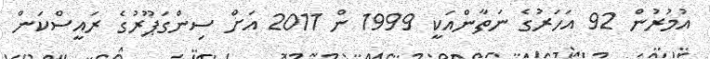
އުމުރުން 92 އަހަރުގެ ނަތާންއަކީ 1999 ން 2011 އަށް ސިންގަޕޫރުގެ ރައީސްކަން